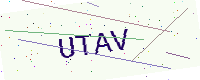
Text: UTAV